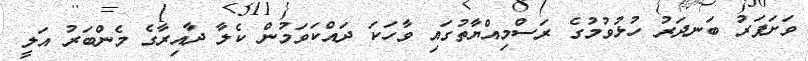
ވަށަފަރު ބަނދަރު ހުޅުވުމުގެ ރަސްމިއްޔާތުގައި ވާހަކަ ދައްކަވަމުން ކެލާ ދާއިރާގެ މެންބަރު އަލީ